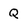
Character: Q